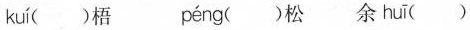
kuí ()梧 péng (松 余 huī ()